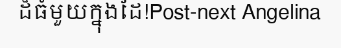
ដ៏ធំមួយក្នុងដៃ!Post-next Angelina